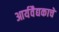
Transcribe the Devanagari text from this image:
आर्यवैद्यकाचे